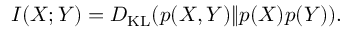
I ( X ; Y ) = D _ { \mathrm { K L } } ( p ( X , Y ) \| p ( X ) p ( Y ) ) .